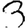
Digit: 3